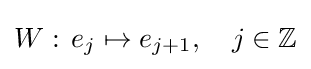
W:\,e_{j}\mapsto e_{j+1},\quad j\in \mathbb {Z}